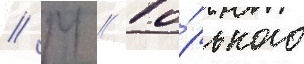
// М // Го́рького